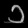
Digit: ၁